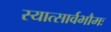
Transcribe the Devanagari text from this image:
स्यात्सार्वभौमः